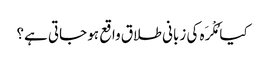
کیا مُکْرَہ کی زبانی طلاق واقع ہو جاتی ہے؟